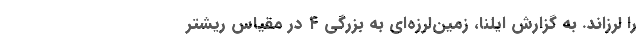
را لرزاند. به گزارش ایلنا، زمین‌لرزه‌ای به بزرگی ۴ در مقیاس ریشتر